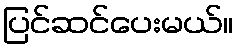
ပြင်ဆင်ပေးမယ်။